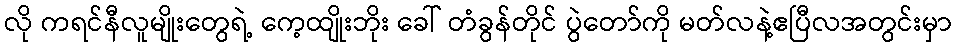
လို ကရင်နီလူမျိုးတွေရဲ့ ကေ့ထျိုးဘိုး ခေါ် တံခွန်တိုင် ပွဲတော်ကို မတ်လနဲ့ဧပြီလအတွင်းမှာ